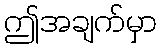
ဤအချက်မှာ